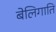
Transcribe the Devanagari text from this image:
बेलिगाति